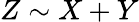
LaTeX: Z\sim X+Y